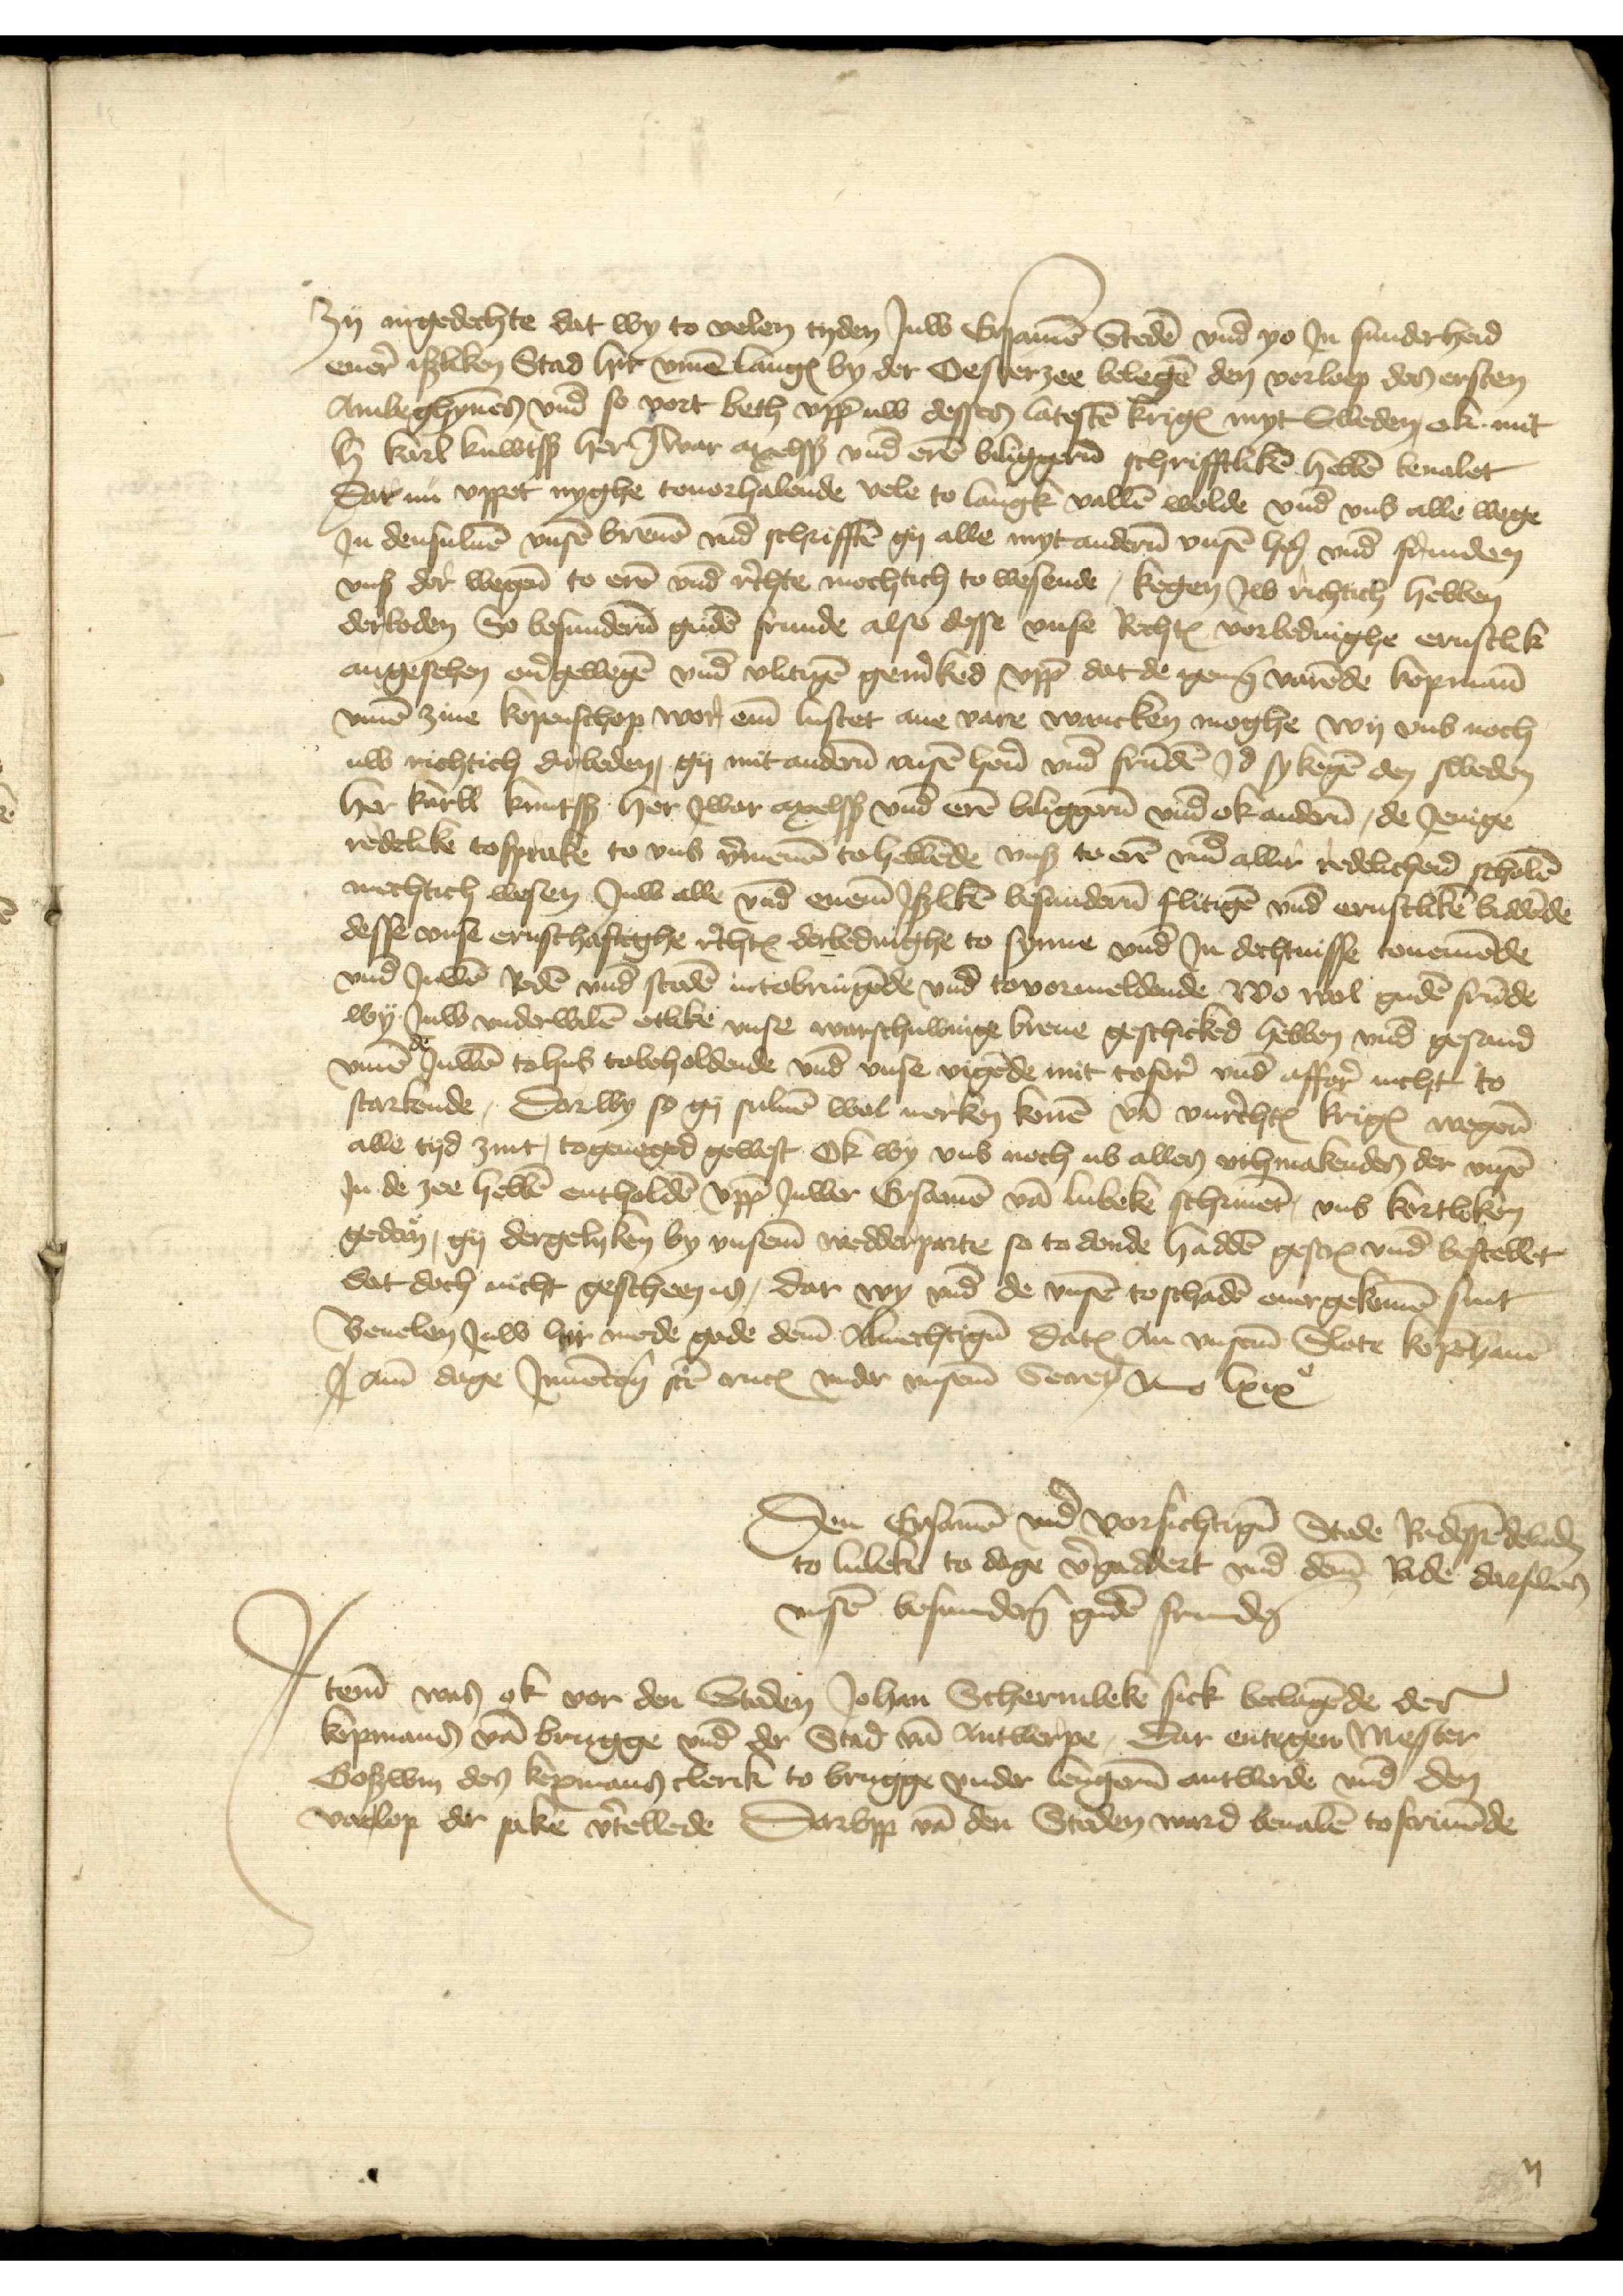
zy ingedechte dat wy to velen tyden Juw Ersamen Steden vnd yo Jn sunderheid
enere isliken Stad hir vmme langes by der Oesterzee belegen den vorloep des ersten
Ambeghynnen vnd so vort beth vpp uw dessen latesten kriges myt Sweden ok mit
h karl kuwtßß her Jwar arxelss vnd eren biliggeren schrifftliken hebben beualet
dat nu vppet nyghe touorhalende vele to langk vallen wolde vnd vns alle wegen
Jn densuluen vnsen breuen vnd schrifften gy alle myt anderen vnsen hern vnd frunden
vnses der wegene to eren vnd rechte mochtich to wesende, kegen Jw richtich hebben
der beden So besunderen guden frunde alse desse vnse Rechtes vorbedinghe ernstlik
angesehen energewegen vnd vlitigen genked vpp dat de genemene varende kopmann
vmme zine kopenschop wor eme lustet ane vare wancken moghe wy vns noch
uw richtich der beden, gy mit anderen vnsen heren vnd frunden Jd sykegen den sweden
her Karll Kuntss her Jwar Axelsß vnd eren beliggeren vnd ok anderen, de Jenige
redelike tosprake to vns vernemen tohebbende vnses to eren vnd aller redelicheid scholen
mechtich wesen Juw alle vnd eneme Jsliken besanderen flitigen vnd ernstliken biddende
desse vnse ernsthaftighe rechtes derbedinghe to synnen vnd Jn dechtnisse touernomde
vnd Juwen Roden vnd steden iutobringende vnd tovormeldende wo wol guden frunde
wy Juw vnderwilen etlike vnse warschuwinge breue geschicked hebben vnd gesand
vmme de juwen tohus tobeholdende vnd vnse vigende mit tofore vnd affore nicht to
starkende, Darwy so gy suluen wol merken konen van vnrechtes kriges wegenen
alle tyd zint, togeneged gewest ok wy vns noch ub allen vthmakenden der vnsen
Jn de zee hebben entholden vpp Juwer Ersamen van Lubeke schriuent, vns kortleken
gedaen, gy dergelyken by vnseme wedderparte so to donde hadden gescreuen vnd bestellet
dat doch nicht gescheen is, dar wy vnd de vnsen toschaden ouergekomen sint
Beuelen Juw hir mede gode deme Almechtigen dates An vnseren Slote Kopenhauen
J ame dage Jnnoncien sten ancl vnder vnserem Secretarius Anno lxixo
Den Ersamen vnd vorsechtigen Stede Radessendebaden
to Lubeke to dage vergaddert vnd deme Rade darsulues
vnsen besunderen guden frunden

Jtem was ok vor den Steden Johan Scherinbeke sick beclagende de
kopmans van Brugge vnd der Stad van Antwerpe, Dar entigen Mester
Goswin den kopmans clerik to Brugge vnder lengeren antworde vnd den
varlop der sake vertellede, Darvpp van den Steden ward beualen to scriuende